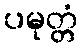
ပမုတ္တံ